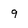
Character: 9